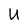
Character: U